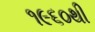
૧૯૬૦થી